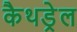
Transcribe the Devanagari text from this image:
कैथड्रेल